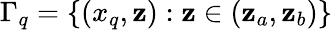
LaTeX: \Gamma_{q}=\lbrace(x_{q},\mathbf{z}):\mathbf{z}\in(\mathbf{z}_{a},\mathbf{z}_{b})\rbrace